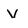
Character: V